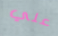
علي